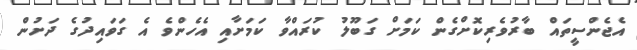
އެޖެންސީތައް ބާރުވެރިކޮށްގެން ކަމަށް ގަބޫލު ކުރައްވާ ކަމަށާއި އެހެންވެ އެ ގަވައިދުގެ ދަށުން